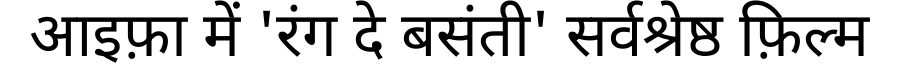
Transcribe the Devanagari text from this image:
आइफ़ा में 'रंग दे बसंती' सर्वश्रेष्ठ फ़िल्म